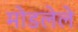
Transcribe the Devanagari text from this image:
मोडलेले